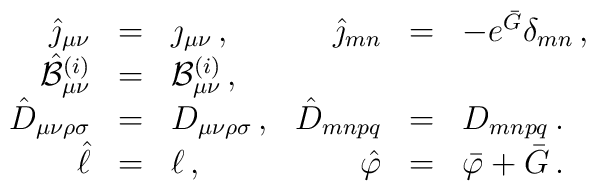
\begin{array}{rclrcl}\hat{\jmath}_{\mu\nu} & = &\jmath_{\mu\nu}\, , &\hat{\jmath}_{mn} & = & -e^{\bar{G}}\delta_{mn}\,,\\\hat{{\cal B}}^{(i)}_{\mu\nu} & = & {\cal B}^{(i)}_{\mu\nu}\, ,& & & \\\hat{D}_{\mu\nu\rho\sigma}& = & D_{\mu\nu\rho\sigma}\, ,&\hat{D}_{mnpq}& = & D_{mnpq}\, .\\\hat{\ell} & = & \ell\, , &\hat{\varphi} & = & \bar{\varphi}+\bar{G}\, . \\\end{array}